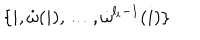
\{ i , \dot { \omega } ( i ) , \ldots , \dot { \omega } ^ { l _ { i } - 1 } ( i ) \}